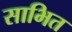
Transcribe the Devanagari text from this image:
साभित